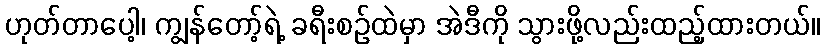
ဟုတ်တာပေါ့၊ ကျွန်တော့်ရဲ့ ခရီးစဉ်ထဲမှာ အဲဒီကို သွားဖို့လည်းထည့်ထားတယ်။